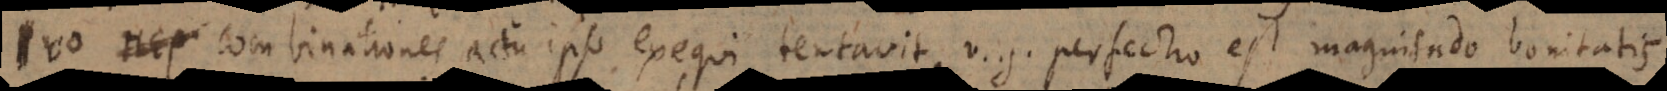
περ combinationes actu ipso exequi tentavit, v.g. perfectio est magnitudo bonitatis.